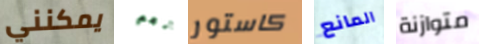
يمكنني نعم كاستور المانع متوازنة